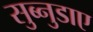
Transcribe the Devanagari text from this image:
सुब्नुडाए